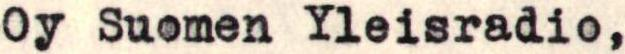
Oy Suomen Yleisradio,